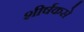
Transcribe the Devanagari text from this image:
शीर्षकसे